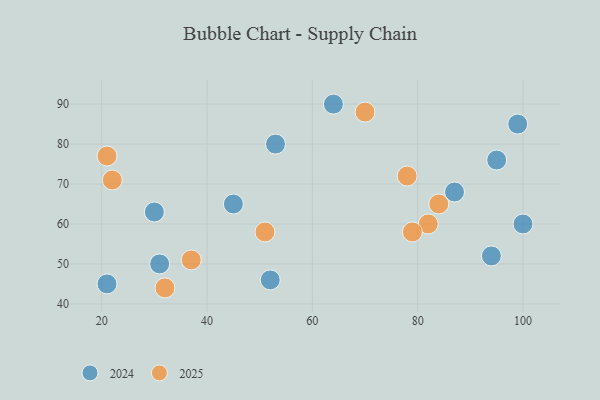
{"axis": {"x": "GDP", "y": "Life Expectancy"}, "legend": ["2024", "2025"], "data": [{"x": "21", "y": 45, "type": "2024"}, {"x": "31", "y": 50, "type": "2024"}, {"x": "95", "y": 76, "type": "2024"}, {"x": "52", "y": 46, "type": "2024"}, {"x": "64", "y": 90, "type": "2024"}, {"x": "45", "y": 65, "type": "2024"}, {"x": "100", "y": 60, "type": "2024"}, {"x": "53", "y": 80, "type": "2024"}, {"x": "30", "y": 63, "type": "2024"}, {"x": "87", "y": 68, "type": "2024"}, {"x": "99", "y": 85, "type": "2024"}, {"x": "94", "y": 52, "type": "2024"}, {"x": "78", "y": 72, "type": "2025"}, {"x": "32", "y": 44, "type": "2025"}, {"x": "84", "y": 65, "type": "2025"}, {"x": "82", "y": 60, "type": "2025"}, {"x": "21", "y": 77, "type": "2025"}, {"x": "79", "y": 58, "type": "2025"}, {"x": "70", "y": 88, "type": "2025"}, {"x": "51", "y": 58, "type": "2025"}, {"x": "22", "y": 71, "type": "2025"}, {"x": "37", "y": 51, "type": "2025"}]}